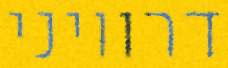
דרוויני